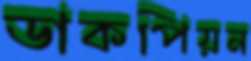
ডাকপিয়ন